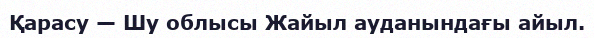
Қарасу — Шу облысы Жайыл ауданындағы айыл.